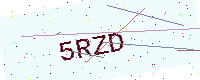
Text: 5RZD